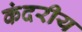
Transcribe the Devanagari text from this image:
कंदरीय